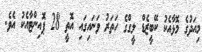
މިއަދުގެ މޮޅާއެކު ކޭބީޒެޑް ލީގްގެ ހަތަރު ވަނައިގައި އޮތީ 28 ޕޮއިންޓާއެކު އެވެ.